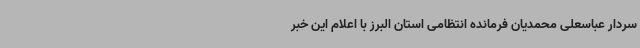
سردار عباسعلی محمدیان فرمانده انتظامی استان البرز با اعلام این خبر